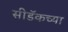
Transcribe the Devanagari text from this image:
सीडॅकच्या